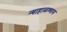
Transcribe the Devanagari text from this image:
न्याहाळण्यास